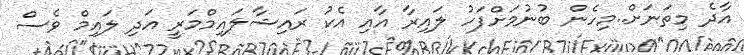
އާދެ މިތަނަށް..މިހެން ބުނުމަށްފަހު ލައިރާ އާއި އެކު ރައިޝާލައިމްމަރީ އަދި ލައިމް ވެސް